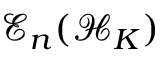
\mathcal { E } _ { n } ( \mathcal { H } _ { K } )